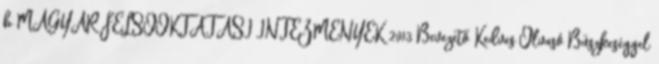
b MAGYAR FELSŐOKTATÁSI INTÉZMÉNYEK 2013 Bevezető Kedves Olvasó Büszkeséggel